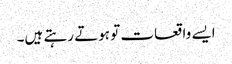
ایسے واقعات تو ہوتے رہتے ہیں۔